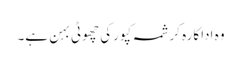
وہ اداکارہ کرشمہ کپورکی چھوٹی بہن ہے۔